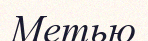
Метью